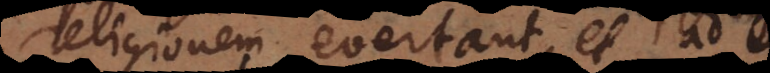
religionem evertant, et ad